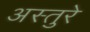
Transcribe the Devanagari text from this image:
अस्तुरे